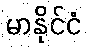
မာနိုင်ငံ